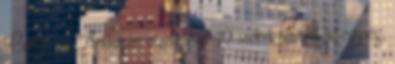
Carter és Anderson vezetésével 40 sacket termelt az egység,